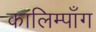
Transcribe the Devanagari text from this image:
कालिम्पाँग